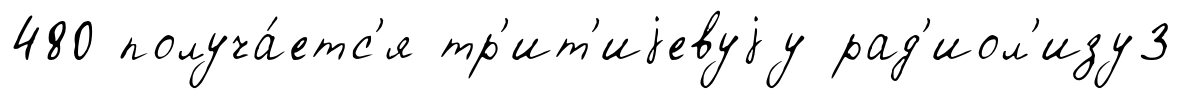
480 получа́етс'я тр'ит'иjевуjу рад'иол'изу3